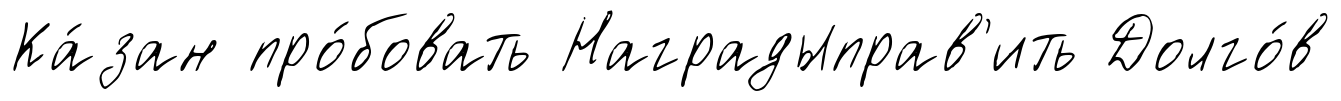
Ка́зан про́бовать Наградыправ'ить Долго́в